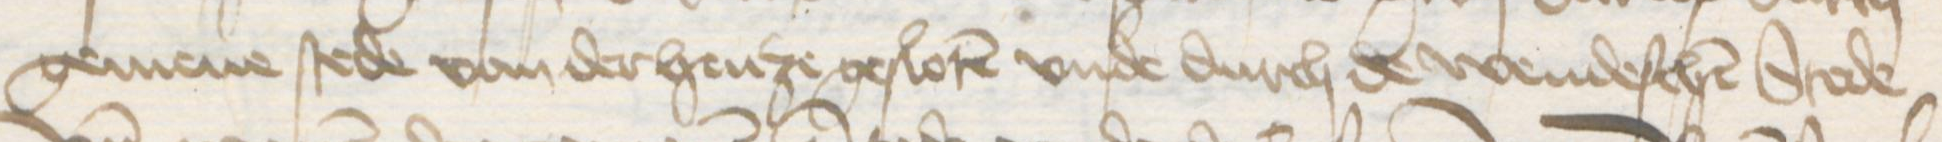
Transcription: gemene stede van der henze gesloten vnde durch de wendeschen Stede